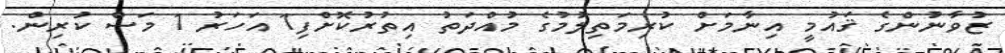
ޒުވާނުންގެ ޤައުމީ އިނާމަށް ކުރިމަތިލުމުގެ މުއްދަތު އިތުރުކޮށްފި1 އަހަރު 1 މަސް ކުރިން.